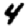
Digit: 4